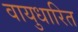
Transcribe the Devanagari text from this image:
वायुधारित